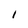
Character: 1